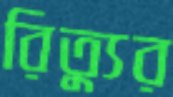
রিত্যুর